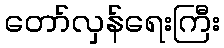
တော်လှန်ရေးကြီး